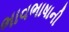
ભાવભાષાની